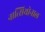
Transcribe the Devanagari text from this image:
नात्सियोनाल